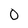
Character: O